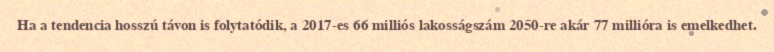
Ha a tendencia hosszú távon is folytatódik, a 2017-es 66 milliós lakosságszám 2050-re akár 77 millióra is emelkedhet.